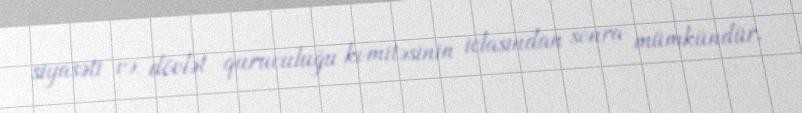
siyasəti və dövlət quruculuğu komitəsinin iclasından sonra mümkündür.